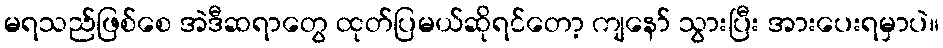
မရသည်ဖြစ်စေ အဲဒီဆရာတွေ ထုတ်ပြမယ်ဆိုရင်တော့ ကျနော် သွားပြီး အားပေးရမှာပဲ။